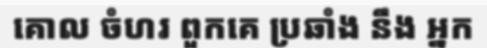
គោល ចំហរ ពួកគេ ប្រឆាំង នឹង អ្នក